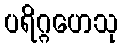
ပရိဂ္ဂဟေသု